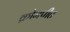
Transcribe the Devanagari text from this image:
क्रोमपीत